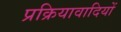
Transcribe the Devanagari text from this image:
प्रक्रियावादियों